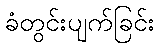
ခံတွင်းပျက်ခြင်း